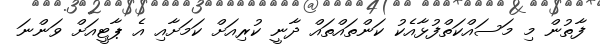
ފާތުން މި މަސައްކަތްފުޅާއެކު ކަންތައްތައް ދާނީ ކުރިއަށް ކަމަށާއި އެ ޕާޓީއަށް ވަންނަ